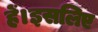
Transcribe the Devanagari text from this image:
हें।इसलिए